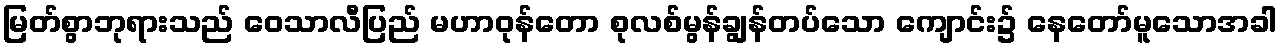
မြတ်စွာဘုရားသည် ဝေသာလီပြည် မဟာဝုန်တော စုလစ်မွန်ချွန်တပ်သော ကျောင်း၌ နေတော်မူသောအခါ